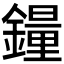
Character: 𫓉